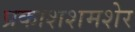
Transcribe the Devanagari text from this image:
प्रकाशशमशेर